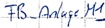
Text: FB_Anlage.M1